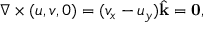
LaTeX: \nabla \times ( u , v , 0 ) = ( v _ { x } - u _ { y } ) { \hat { \mathbf { k } } } = \mathbf { 0 } ,